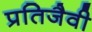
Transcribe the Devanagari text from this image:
प्रतिजैवी